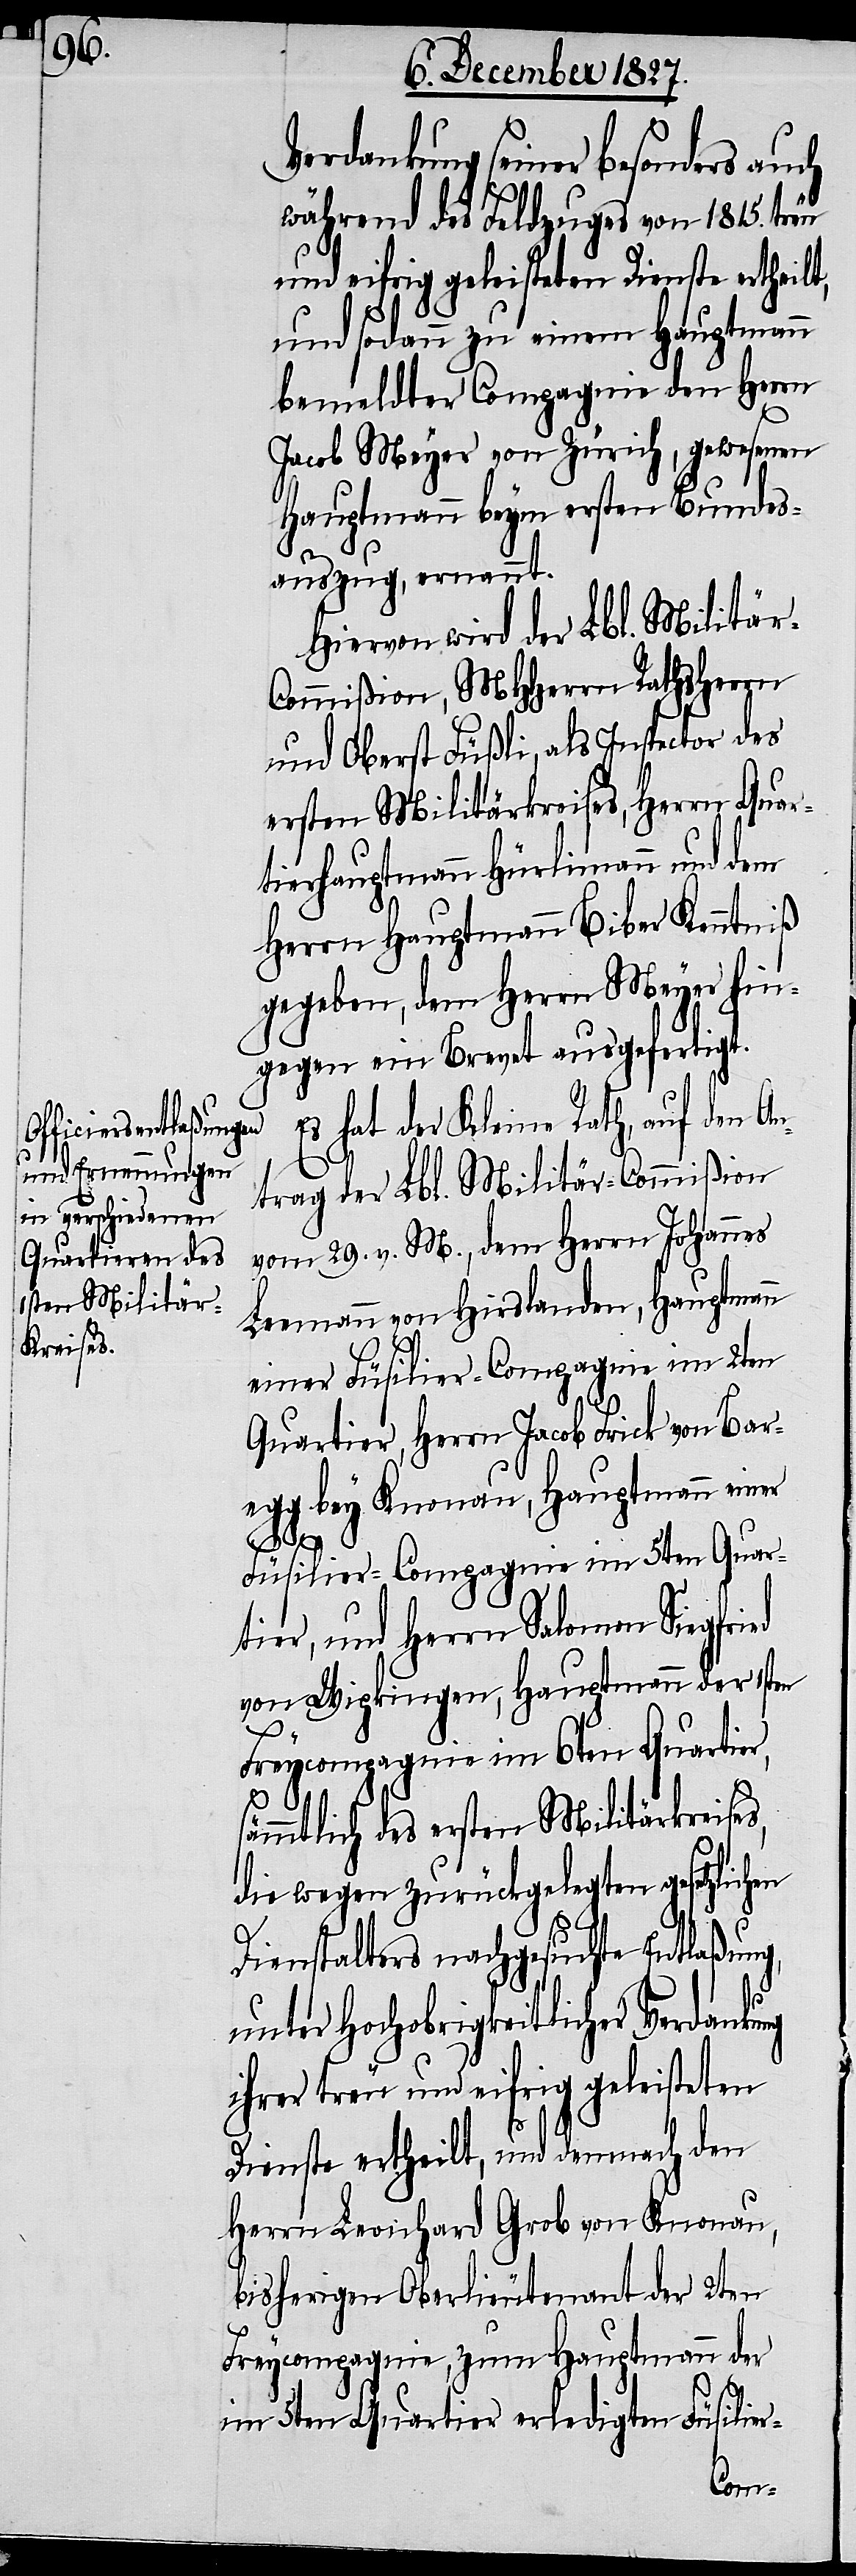
Verdankung seiner besonders auch
während des Feldzuges von 1815. treu
und eifrig geleisteten Dienste ertheilt,
und sodann zu einem Hauptmann
bemeldter Compagnie den Herrn
Jacob Meyer von Zürich, gewesenen
Hauptmann beym ersten Bundes¬
auszug, ernannt.
Hiervon wird der Lbl. Militär-C¬
ommißion, MHHerrn Rathsherrn
und Oberst Füßli, als Inspector des
ersten Militärkreises, Herrn Quar¬
tierhauptmann Hürlimann und dem
Herrn Hauptmann Biber Kenntniß
gegeben, dem Herrn Meyer hing¬
egen wird ein Brevet ausgefertigt.
Es hat der Kleine Rath, auf den A¬
s¬
ntrag der Lbl. Militär-Commißion
vom 29. v. M., dem Herrn Johannes
Leemann von Hirslanden, Hauptmann
einer Füsilier-Compagnie im 2ten
Quartier, Herrn Jacob Frick von Bar¬
egg bey Knonau, Hauptmann einer
Füsilier-Compagnie im 5ten Quar¬
tier, und Herrn Salomon Siegfried
von Wipkingen, Hauptmann der 1sten
Freycompagnie im 6ten Quartier,
ämmtlich des ersten Militärkreises,
die wegen zurückgelegten gesetzlichen
Dienstalters nachgesuchte Entlaßung,
unter Hochobrigkeitlicher Verdankung
ihrer treu und eifrig geleisteten
Dienste ertheilt, und demnach den
Herrn Leonhard Grob von Knonau,
bisherigen Oberlieutenant der 2ten
Freycompagnie, zum Hauptmann der
im 5ten Quartier erledigten Füsilier-